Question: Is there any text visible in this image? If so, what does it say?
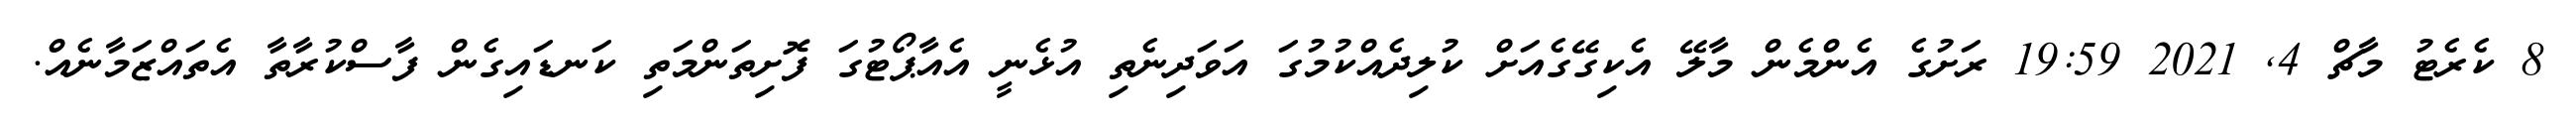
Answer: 8 ކެރެޓު މާޗް 4, 2021 19:59 ރަށުގެ އެންމެން މާލޭ އެކިގޭގެއަށް ކުލިދެއްކުމުގަ އަވަދިނެތި އުޅެނީ އެއާޕޯޓުގަ ފޮށިތަންމަތި ކަނޑައިގެން ފާސްކުރާތާ އެތައްޒަމާނެއް.